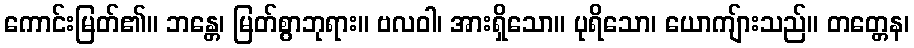
ကောင်းမြတ်၏။ ဘန္တေ၊ မြတ်စွာဘုရား။ ဗလဝါ၊ အားရှိသော။ ပုရိသော၊ ယောကျ်ားသည်။ တတ္တေန၊